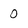
Character: 0